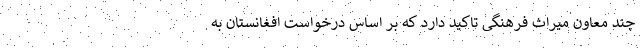
چند معاون میراث فرهنگی تاکید دارد که بر اساس درخواست افغانستان به